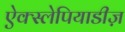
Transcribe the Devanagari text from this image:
ऐक्स्लेपियाडीज़